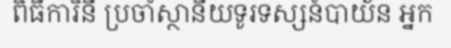
ពិធីការិនី ប្រចាំស្ថានីយទូរទស្សន៍បាយ័ន អ្នក